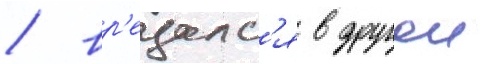
/ вр'езалс'я в другои